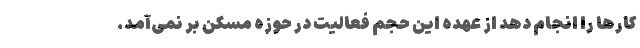
کارها را انجام دهد از عهده این حجم فعالیت در حوزه مسکن بر نمی‌آمد.